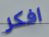
افكر